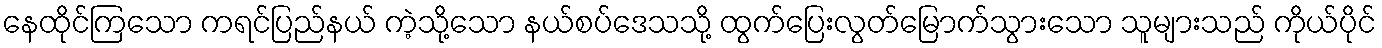
နေထိုင်ကြသော ကရင်ပြည်နယ် ကဲ့သို့သော နယ်စပ်ဒေသသို့ ထွက်ပြေးလွတ်မြောက်သွားသော သူများသည် ကိုယ်ပိုင်